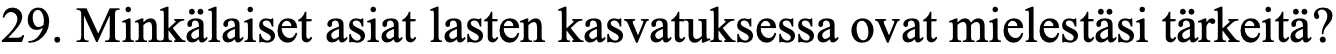
29. Minkälaiset asiat lasten kasvatuksessa ovat mielestäsi tärkeitä?